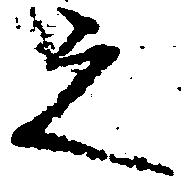
之